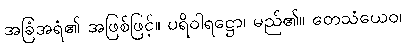
အခြံအရံ၏ အဖြစ်ဖြင့်။ ပရိဝါရဋ္ဌော၊ မည်၏။ တေသံယေဝ၊